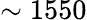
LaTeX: \sim 1550